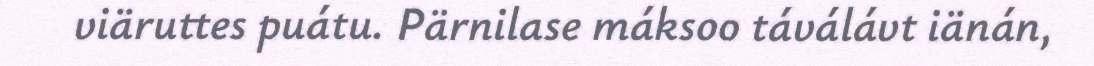
viäruttes puátu. Pärnilase máksoo táválávt iänán,